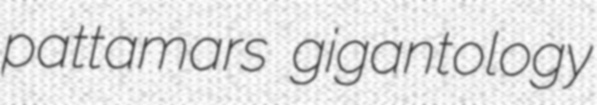
pattamars gigantology